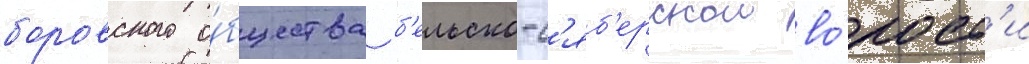
боровского о́бщества б'ельско-с'яб'ерскои во́лост'и